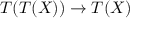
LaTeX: T ( T ( X ) ) \rightarrow T ( X )